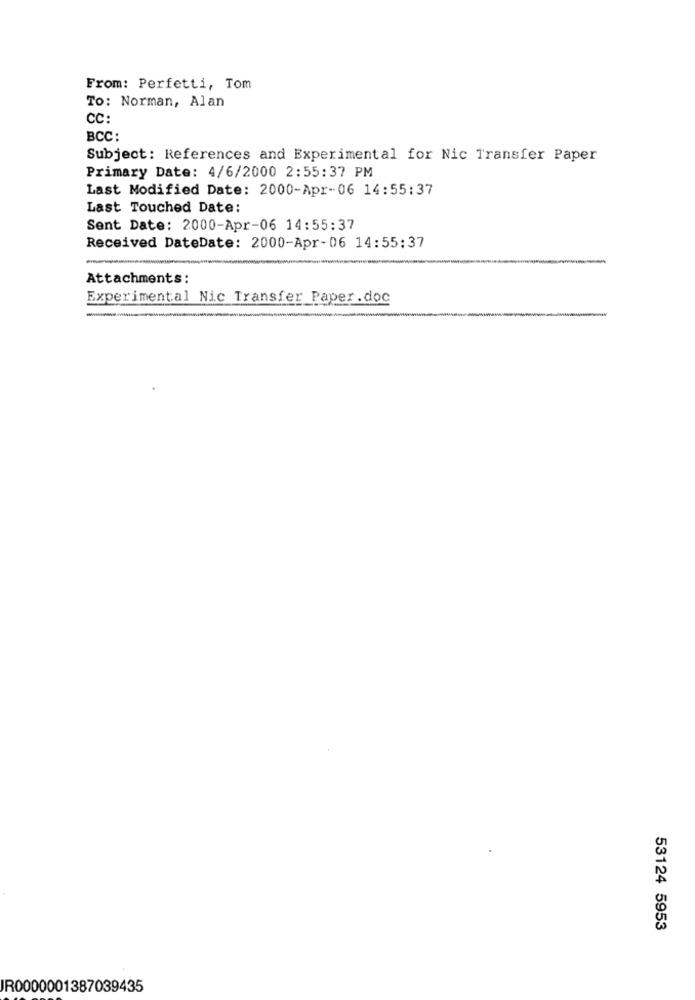
From: Perfetti, Tom
To: Norman, Alan
CC:
BCC:
Subject: References and Experimental for Nic Transfer Paper
Primary Date: 4/6/2000 2:55:37 PM
Last Modified Date: 2000-Apr-06 14:55:37
Last Touched Date:
Sent Date: 2000-Apr-06 14:55:37
Received DateDate: 2000-Apr-06 14:55:37
Attachments:
Experimental Nic Transfer Paper.doc
-
53124 5953
IR0000001387039435